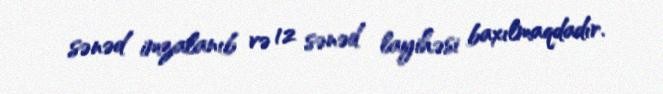
sənəd imzalanıb və 12 sənəd layihəsi baxılmaqdadır.